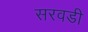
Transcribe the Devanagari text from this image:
सरवडी